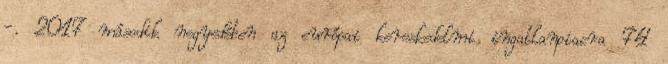
-. 2017 második negyedében az európai kereskedelmi ingatlanpiacra 74